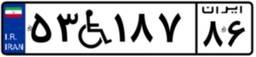
۵۳W۱۸۷۸۶